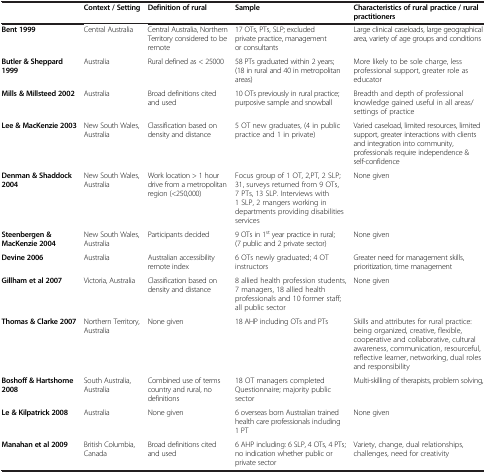
<table><thead><tr><td><b> </b></td><td><b>Context / Setting</b></td><td><b>Definition of rural</b></td><td><b>Sample</b></td><td><b>Characteristics of rural practice / rural practitioners</b></td></tr></thead><tbody><tr><td><b>Bent 1999</b></td><td>Central Australia</td><td>Central Australia, Northern Territory considered to be remote</td><td>17 OTs, PTs, SLP; excluded private practice, management or consultants</td><td>Large clinical caseloads, large geographical area, variety of age groups and conditions</td></tr><tr><td><b>Butler &amp; Sheppard 1999</b></td><td>Australia</td><td>Rural defined as &lt; 25000</td><td>58 PTs graduated within 2 years; (18 in rural and 40 in metropolitan areas)</td><td>More likely to be sole charge, less professional support, greater role as educator</td></tr><tr><td><b>Mills &amp; Millsteed 2002</b></td><td>Australia</td><td>Broad definitions cited and used</td><td>10 OTs previously in rural practice; purposive sample and snowball</td><td>Breadth and depth of professional knowledge gained useful in all areas/settings of practice</td></tr><tr><td><b>Lee &amp; MacKenzie 2003</b></td><td>New South Wales, Australia</td><td>Classification based on density and distance</td><td>5 OT new graduates, (4 in public practice and 1 in private)</td><td>Varied caseload, limited resources, limited support, greater interactions with clients and integration into community, professionals require independence &amp; self-confidence</td></tr><tr><td><b>Denman &amp; Shaddock 2004</b></td><td>New South Wales, Australia</td><td>Work location &gt; 1 hour drive from a metropolitan region (&lt;250,000)</td><td>Focus group of 1 OT, 2,PT, 2 SLP; 31, surveys returned from 9 OTs, 7 PTs, 13 SLP. Interviews with 1 SLP, 2 mangers working in departments providing disabilities services</td><td>None given</td></tr><tr><td><b>Steenbergen &amp; MacKenzie 2004</b></td><td>New South Wales, Australia</td><td>Participants decided</td><td>9 OTs in 1<sup>st</sup> year practice in rural; (7 public and 2 private sector)</td><td>None given</td></tr><tr><td><b>Devine 2006</b></td><td>Australia</td><td>Australian accessibility remote index</td><td>6 OTs newly graduated; 4 OT instructors</td><td>Greater need for management skills, prioritization, time management</td></tr><tr><td><b>Gillham et al 2007</b></td><td>Victoria, Australia</td><td>Classification based on density and distance</td><td>8 allied health profession students, 7 managers, 18 allied health professionals and 10 former staff; all public sector</td><td>None given</td></tr><tr><td><b>Thomas &amp; Clarke 2007</b></td><td>Northern Territory, Australia</td><td>None given</td><td>18 AHP including OTs and PTs</td><td>Skills and attributes for rural practice: being organized, creative, flexible, cooperative and collaborative, cultural awareness, communication, resourceful, reflective learner, networking, dual roles and responsibility</td></tr><tr><td><b>Boshoff &amp; Hartshorne 2008</b></td><td>South Australia, Australia</td><td>Combined use of terms country and rural, no definitions</td><td>18 OT managers completed Questionnaire; majority public sector</td><td>Multi-skilling of therapists, problem solving,</td></tr><tr><td><b>Le &amp; Kilpatrick 2008</b></td><td>Australia</td><td>None given</td><td>6 overseas born Australian trained health care professionals including 1 PT</td><td>None given</td></tr><tr><td><b>Manahan et al 2009</b></td><td>British Columbia, Canada</td><td>Broad definitions cited and used</td><td>6 AHP including: 6 SLP, 4 OTs, 4 PTs; no indication whether public or private sector</td><td>Variety, change, dual relationships, challenges, need for creativity</td></tr></tbody></table>